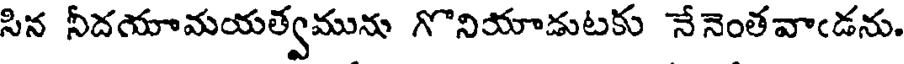
సిన నీదయామయత్వమును గొనియాడుటకు నేనెంతవాఁడను.